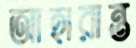
আহারান্ত